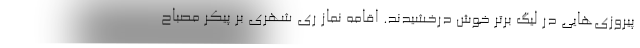
پیروزی‌هایی در لیگ برتر خوش درخشیدند. اقامه نماز ری شهری بر پیکر مصباح